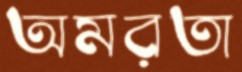
অমরতা